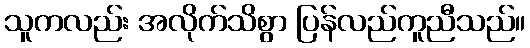
သူကလည်း အလိုက်သိစွာ ပြန်လည်ကူညီသည်။